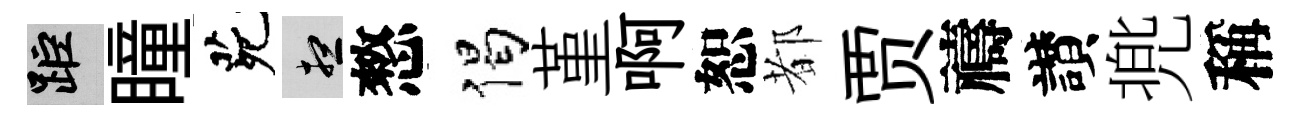
距瞳茕想憗偈堇啊恕都贾禱讃兠稱